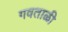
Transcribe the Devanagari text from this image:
गवताळी